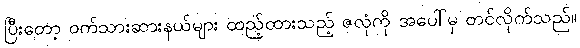
ပြီးတော့ ဝက်သားဆားနယ်များ ထည့်ထားသည့် ဇလုံကို အပေါ်မှ တင်လိုက်သည်။